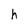
Character: h